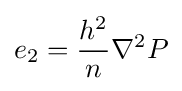
e_{2}={\frac {h^{2}}{n}}\nabla ^{2}P